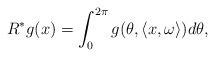
LaTeX: \begin{align*}R^*g(x)=\int_{0}^{2\pi} g(\theta, \langle x, \omega \rangle) d\theta,\end{align*}